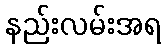
နည်းလမ်းအရ